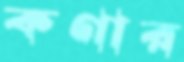
কণার